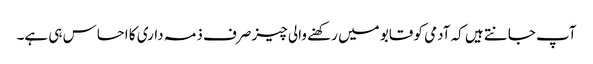
آپ جانتے ہیں کہ آدمی کو قابو میں رکھنے والی چیز صرف ذمہ داری کا احساس ہی ہے۔